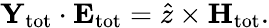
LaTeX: \mathbf{Y}_{\mathrm{tot}}\cdot\mathbf{E}_{\mathrm{tot}}=\hat{z}\times\mathbf{H}_{\mathrm{tot}}.